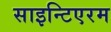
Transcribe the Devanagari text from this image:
साइन्टिएरम